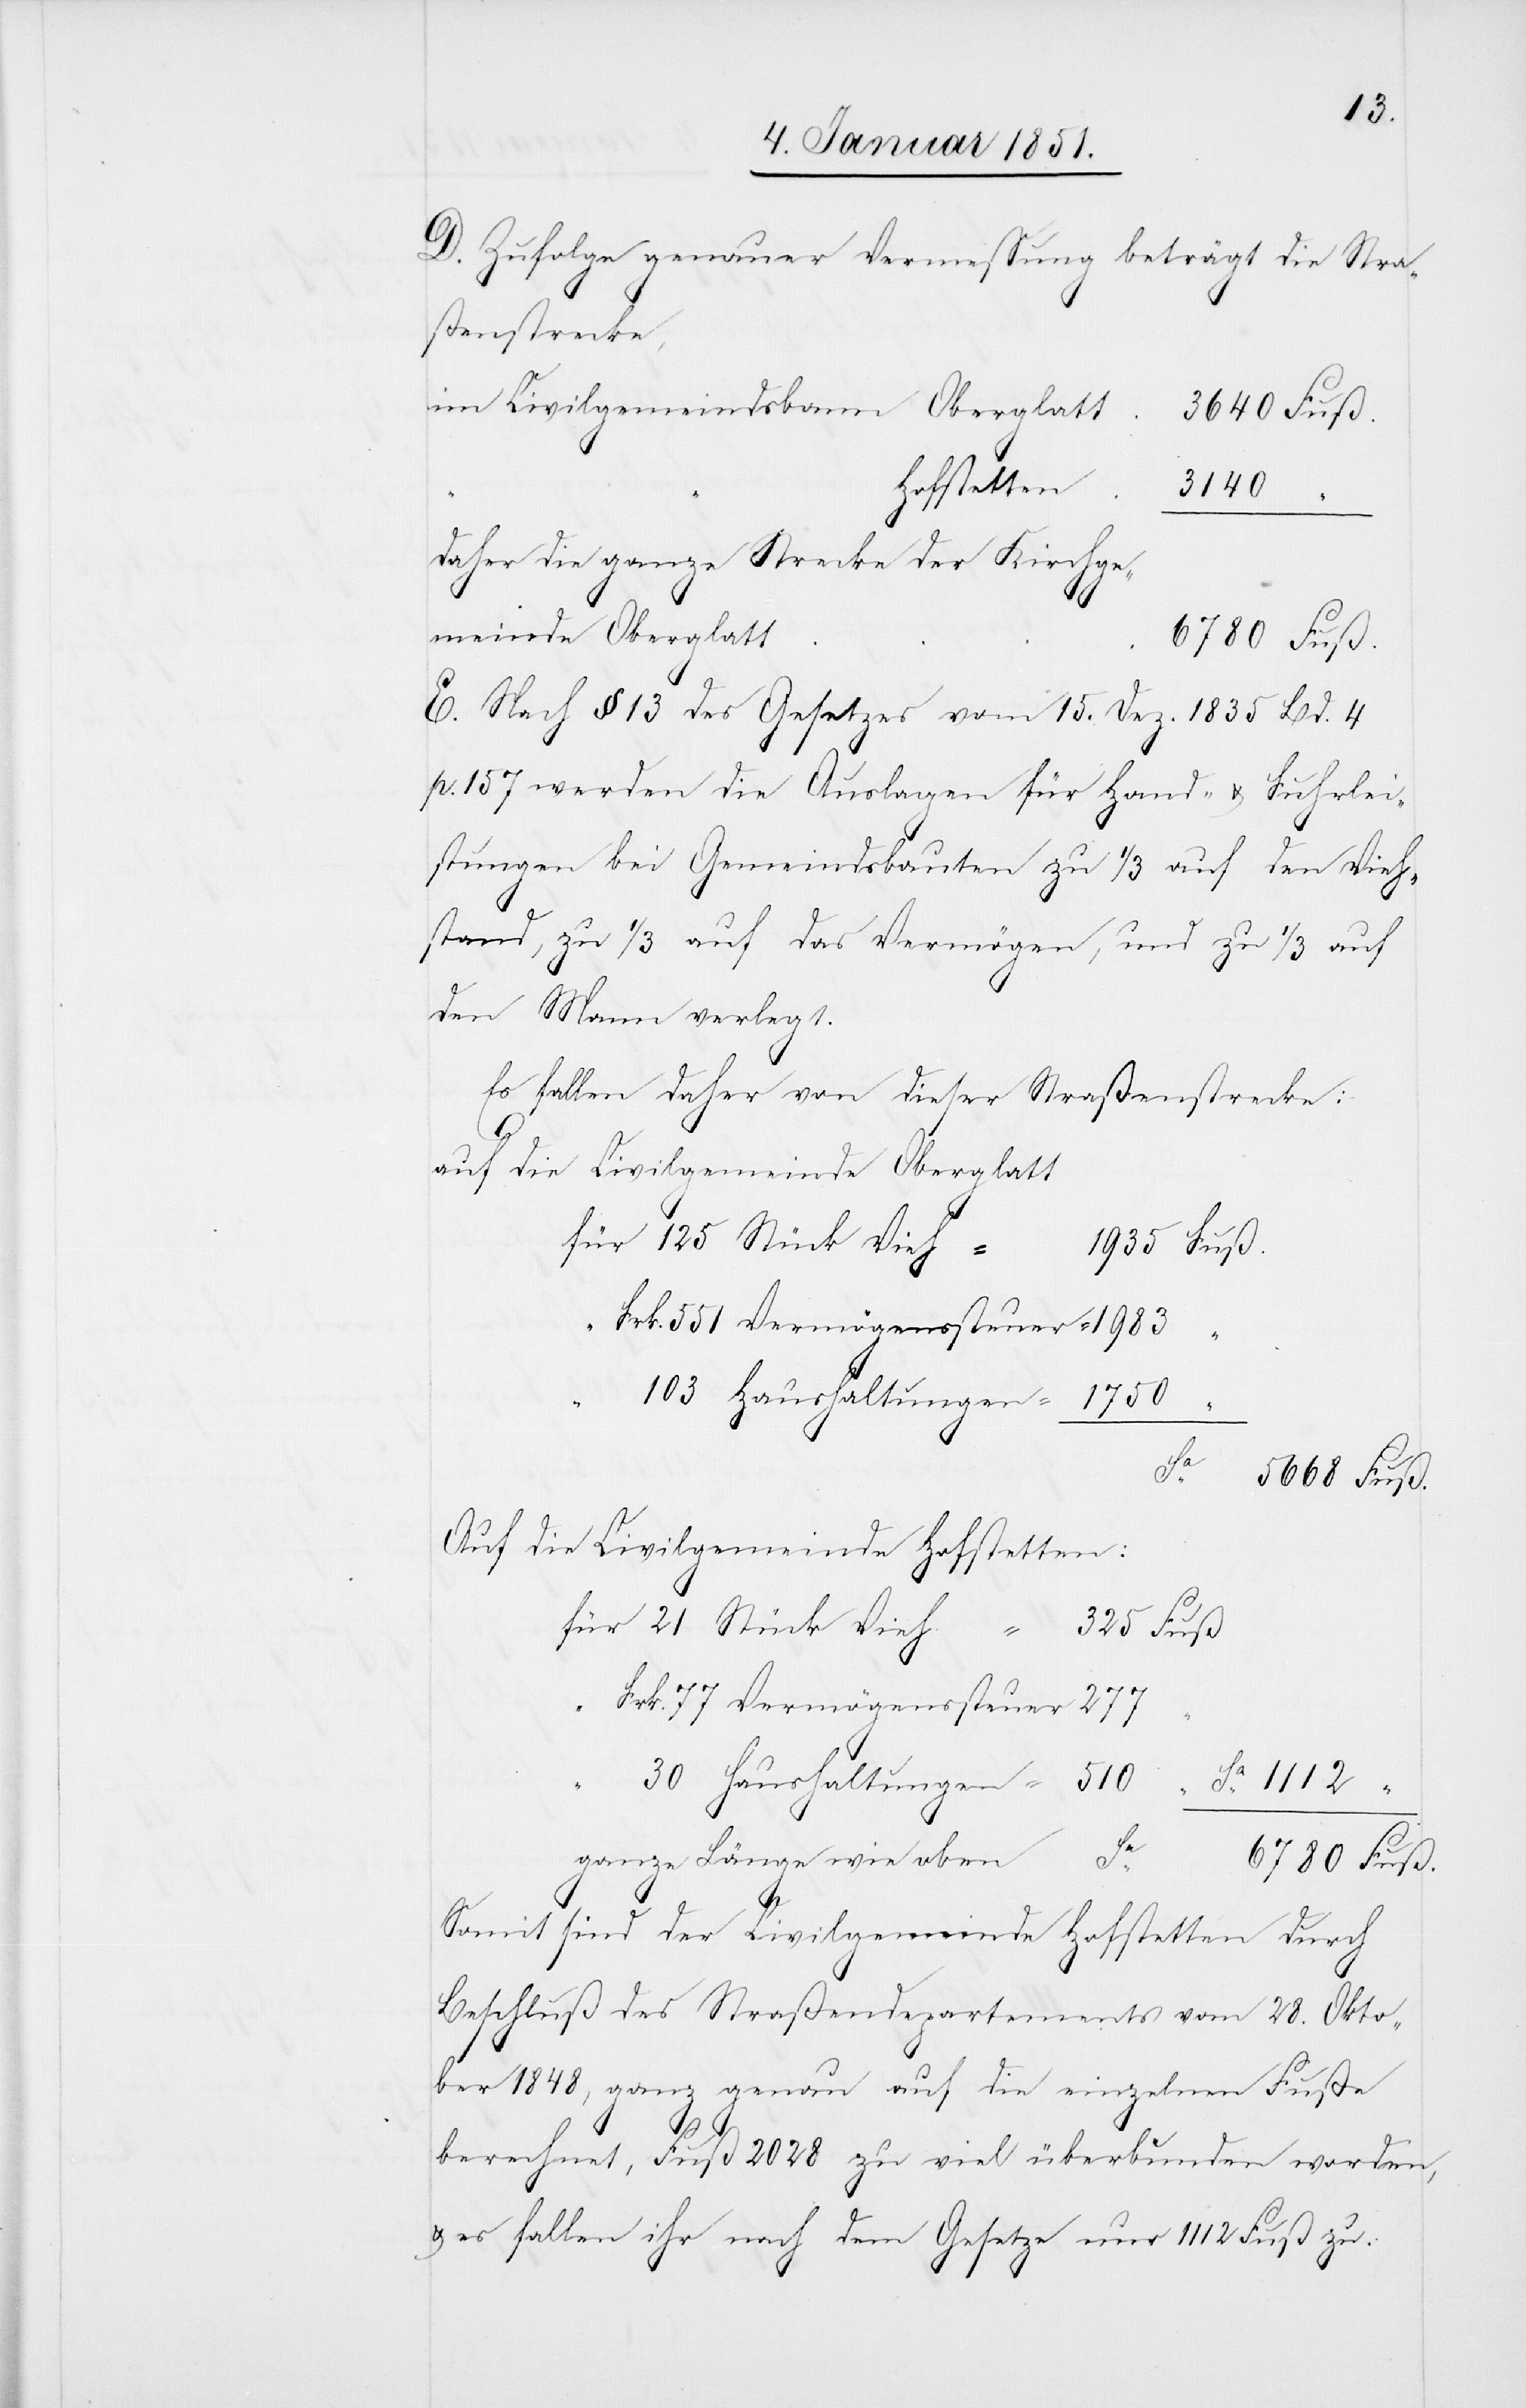
D. Zufolge genauer Vermessung beträgt die Stra¬
ßenstrecke,
Daher die ganze Strecke der Kirchge¬
wie
meinde Oberglatt
Sa.
E. Nach § 13 des Gesetzes vom 15. Dez. 1835 Bd. 4
p. 157 werden die Auslagen für Hand- u. Fuhrlei¬
stungen bei Gemeindsbauten zu 1/3 auf den Vieh¬
stand, zu 1/3 auf das Vermögen, und zu 1/3 auf
den Mann verlegt.
Es fallen daher von dieser Straßenstrecke:
auf die Civilgemeinde Oberglatt
Frk. 551 Vermögenssteuer =
30 Haushaltungen =
Auf die Civilgemeinde Hofstetten:
125 Stück
Frk. 77 Vermögenssteuer [=]
Sa.
Somit sind der Civilgemeinde Hofstetten durch
Beschluß des Straßendepartements vom 28. Okto¬
ber 1848, ganz genau auf die einzelnen Fuße
berechnet, Fuß 2028 zu viel überbunden worden,
u. es fallen ihr nach dem Gesetze nur 1112 Fuß zu.